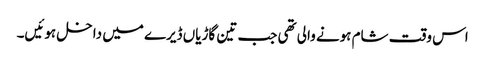
اس وقت شام ہونے والی تھی جب تین گاڑیاں ڈیرے میں داخل ہوئیں۔